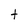
Character: t